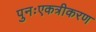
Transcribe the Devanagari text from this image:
पुनःएकत्रीकरण